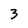
Character: 3